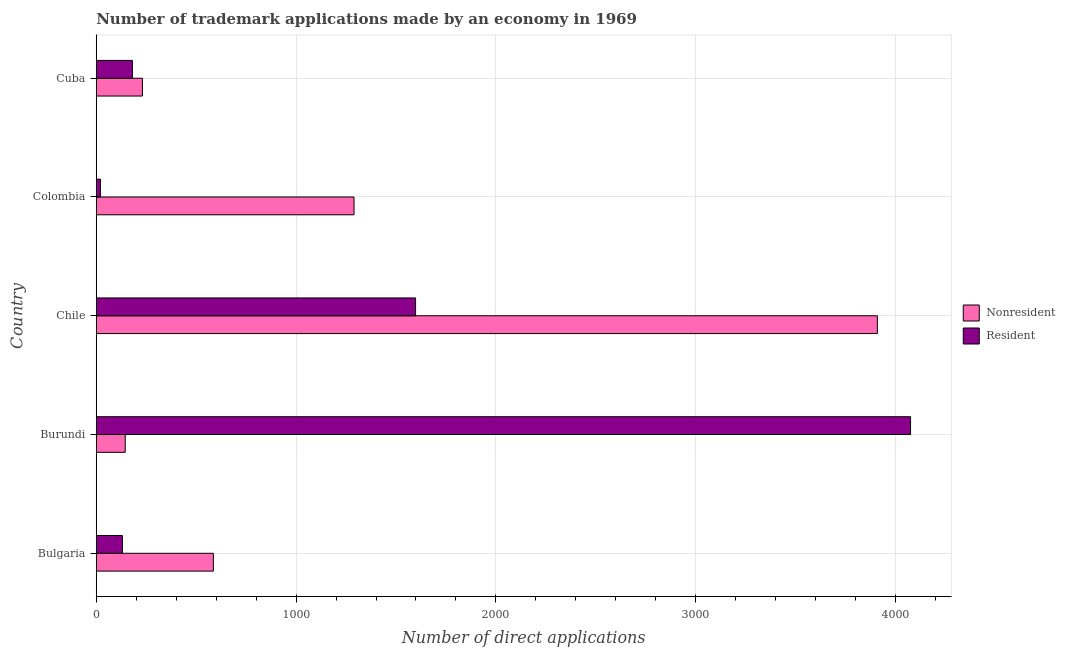
| Country | Nonresident | Resident |
 | --- | --- | --- |
 | Bulgaria | 586 | 131 |
 | Burundi | 145 | 4.08e+03 |
 | Chile | 3.91e+03 | 1.6e+03 |
 | Colombia | 1.29e+03 | 21 |
 | Cuba | 231 | 181 |